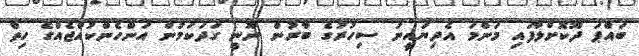
ބައްޕަ ދޫކޮށްލާފައި މަންމަ އެދިޔައީނު ސިހުރުގެ ބާރުން ނޫނީ ގަދަކަމުން އަންހެންކުއްޖެއްގެ ހިތް